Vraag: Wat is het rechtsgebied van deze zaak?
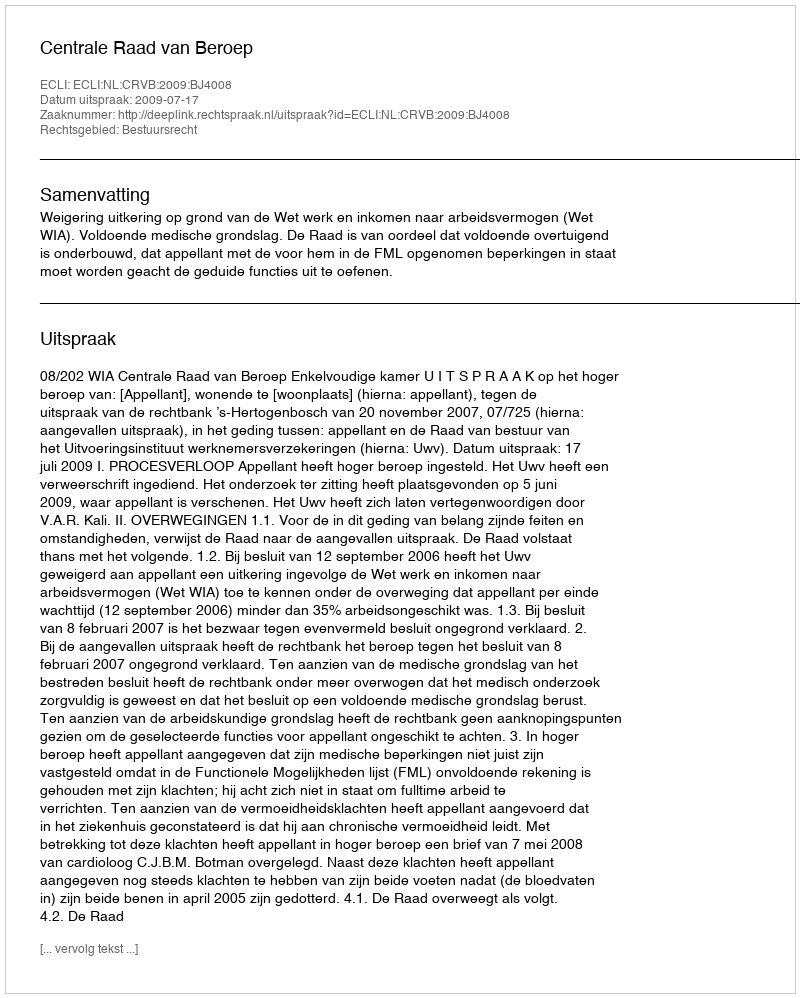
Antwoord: Bestuursrecht